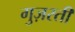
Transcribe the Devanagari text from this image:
गुज़रतीं